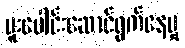
ပူးပေါင်းဆောင်ရွက်နေမှု